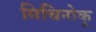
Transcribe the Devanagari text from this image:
मिचिनोकू